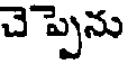
చెప్పెను